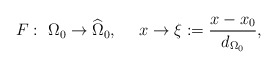
\begin{align*}F:\ \Omega_0 \rightarrow \widehat{\Omega}_0,\ \ \ \ x \rightarrow \xi := \frac{x-x_0}{d_{\Omega_0}},\end{align*}